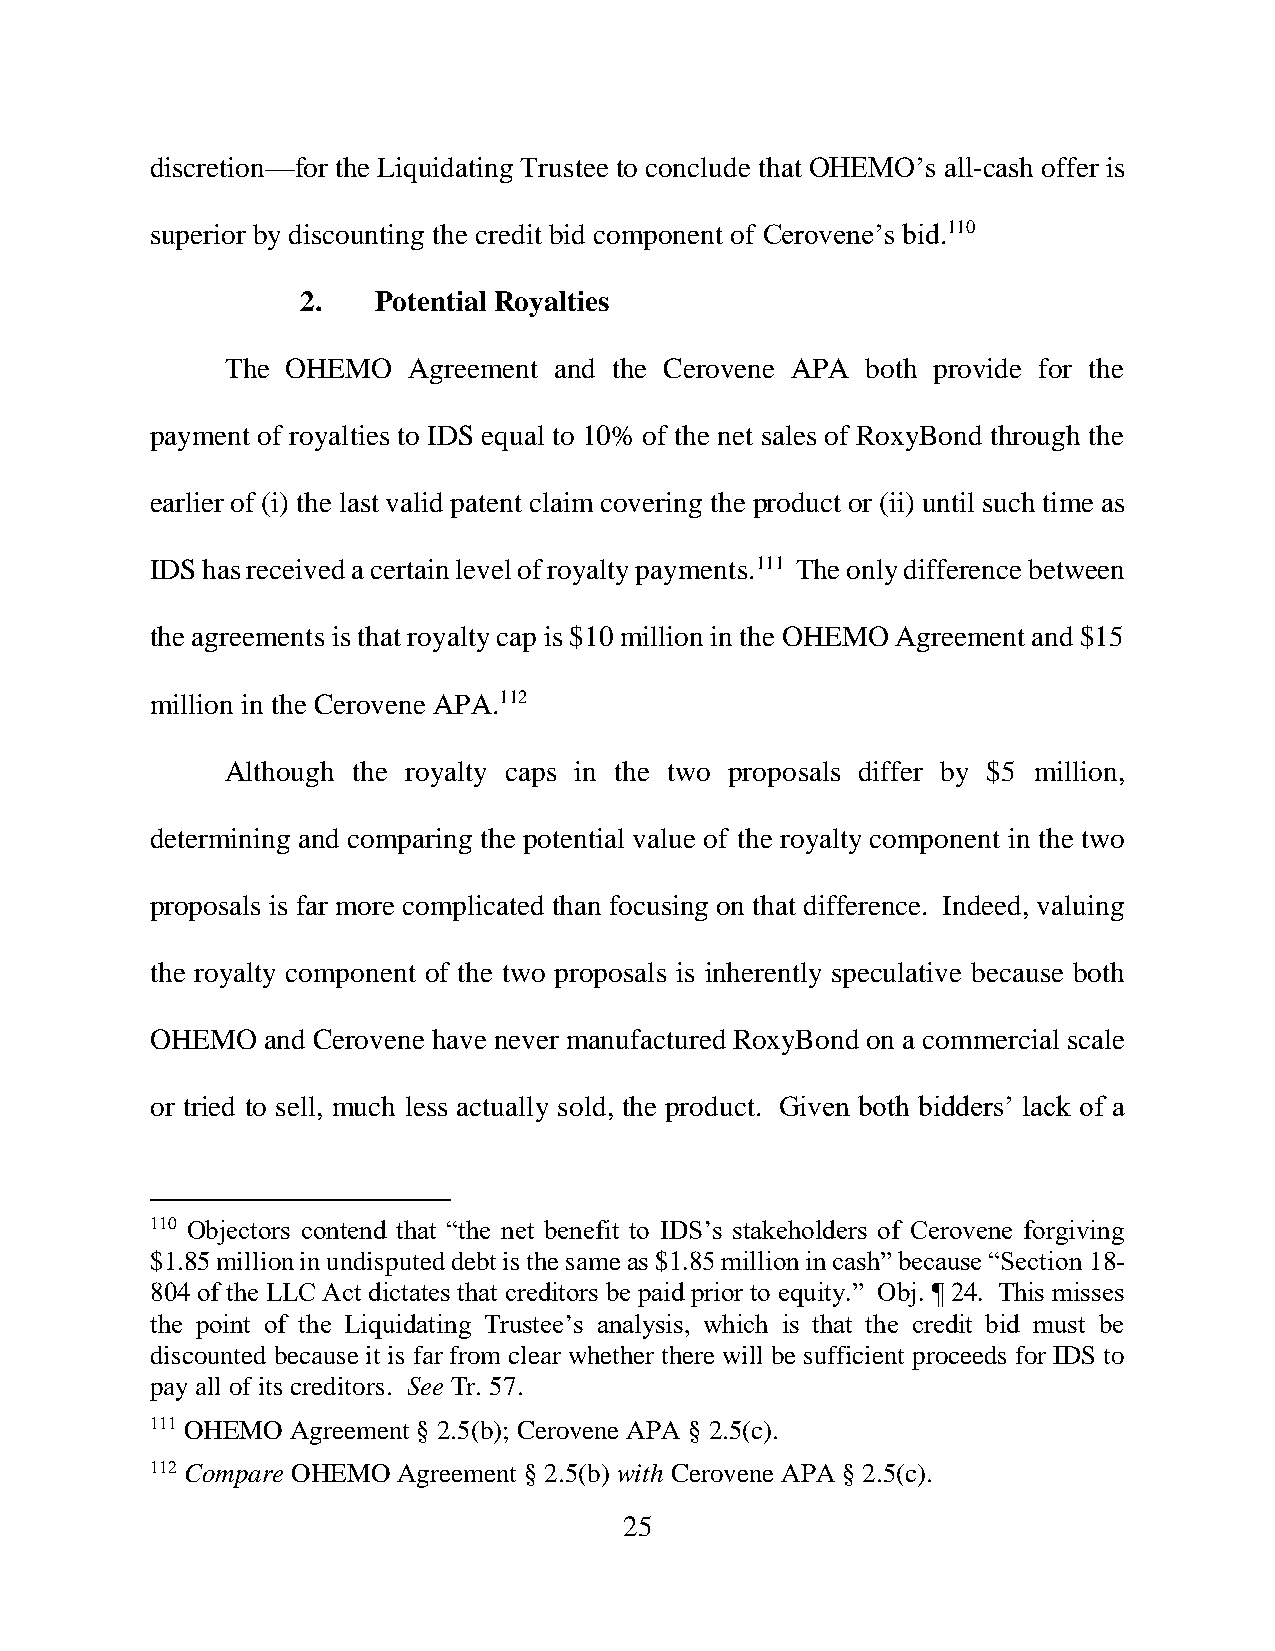
discretion—for the Liquidating Trustee to conclude that OHEMO’s all-cash offer is
 superior by discounting the credit bid component of Cerovene’s bid.110
 2.   Potential Royalties
 The OHEMO   Agreement and the Cerovene APA both provide for the
 payment of royalties to IDS equal to 10% of the net sales of RoxyBond through the
 earlier of (i) the last valid patent claim covering the product or (ii) until such time as
 IDS has received a certain level of royalty payments.111 The only difference between
 the agreements is that royalty cap is $10 million in the OHEMO Agreement and $15
 million in the Cerovene APA.112
 Although the royalty caps in the two proposals differ by $5 million,
 determining and comparing the potential value of the royalty component in the two
 proposals is far more complicated than focusing on that difference. Indeed, valuing
 the royalty component of the two proposals is inherently speculative because both
 OHEMO  and Cerovene have never manufactured RoxyBond on a commercial scale
 or tried to sell, much less actually sold, the product. Given both bidders’ lack of a
 110 Objectors contend that “the net benefit to IDS’s stakeholders of Cerovene forgiving
 $1.85 million in undisputed debt is the same as $1.85 million in cash” because “Section 18-
 804 of the LLC Act dictates that creditors be paid prior to equity.” Obj. ¶ 24. This misses
 the point of the Liquidating Trustee’s analysis, which is that the credit bid must be
 discounted because it is far from clear whether there will be sufficient proceeds for IDS to
 pay all of its creditors. See Tr. 57.
 111 OHEMO Agreement § 2.5(b); Cerovene APA § 2.5(c).
 112 Compare OHEMO Agreement § 2.5(b) with Cerovene APA § 2.5(c).
 25